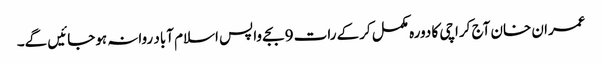
عمران خان آج کراچی کا دورہ مکمل کرکے رات 9 بجے واپس اسلام آباد روانہ ہوجائیں گے۔